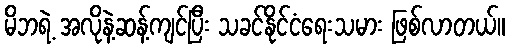
မိဘရဲ့ အလိုနဲ့ဆန့်ကျင်ပြီး သခင်နိုင်ငံရေးသမား ဖြစ်လာတယ်။